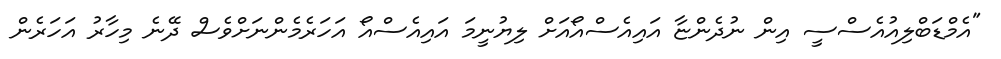
"އެމްޑަބްލިއުއެސްސީ އިން ނުދެންޏާ އައިއެސްއޯއަށް ލިޔުނީމަ އައިއެސްއޯ އަހަރެމެންނަށްވެސް ދޭނެ މިހާރު އަހަރެން